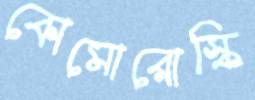
কোমোরোস্কি